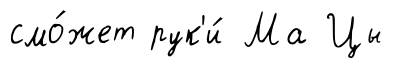
смо́жет рук'и́ Ма Цы